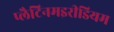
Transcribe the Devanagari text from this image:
प्लैटिनमइरीडियम